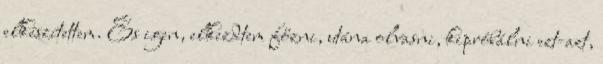
elkészítettem. És igen, elkezdtem főzni, utána olvasni, kipróbálni ezt-azt,